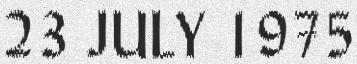
23 JULY 1975